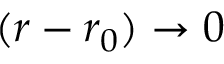
( r - r _ { 0 } ) \to 0